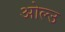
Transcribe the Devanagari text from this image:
ओल्‍उ